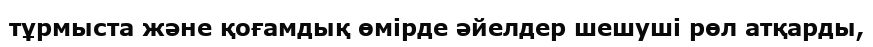
тұрмыста және қоғамдық өмірде әйелдер шешуші рөл атқарды,